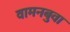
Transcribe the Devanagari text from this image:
वामनबुवा